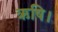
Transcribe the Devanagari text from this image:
ऋषि।